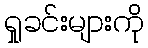
ရှုခင်းများကို